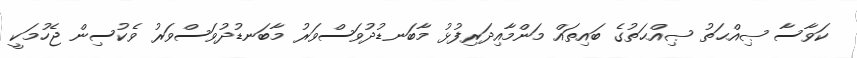
ކަވާސާ ޞިއްޙަތު ޞިއްޙަތުގެ ބައިތައް މަންމާއިދަރިފުޅު މާބަނޑުދުވަސްވަރު މާބަނޑުދުވަސްވަރު ވެކުސިން ޖެހުމަކީ